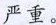
严重。